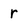
Character: r